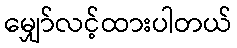
မျှော်လင့်ထားပါတယ်